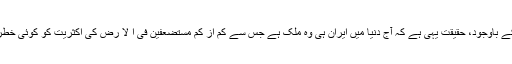
لیکن، اس کے باوجود، حقیقت یہی ہے کہ آج دنیا میں ایران ہی وہ ملک ہے جس سے کم از کم مستضعفین فی ا لا رض کی اکثریت کو کوئی خطرہ نہیں ہے۔